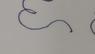
Signature authenticity: forged